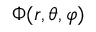
\Phi ( r , \theta , \varphi )